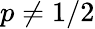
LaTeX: p\neq 1/2